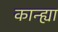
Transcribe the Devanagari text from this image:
कान्ह्या